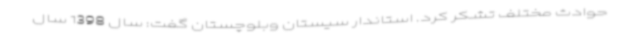
حوادث مختلف تشکر کرد. استاندار سیستان وبلوچستان گفت: سال 1398 سال